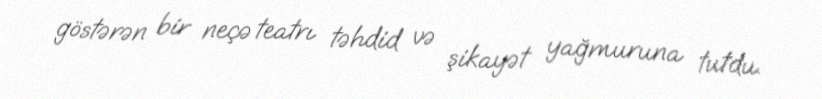
göstərən bir neçə teatrı təhdid və şikayət yağmuruna tutdu.